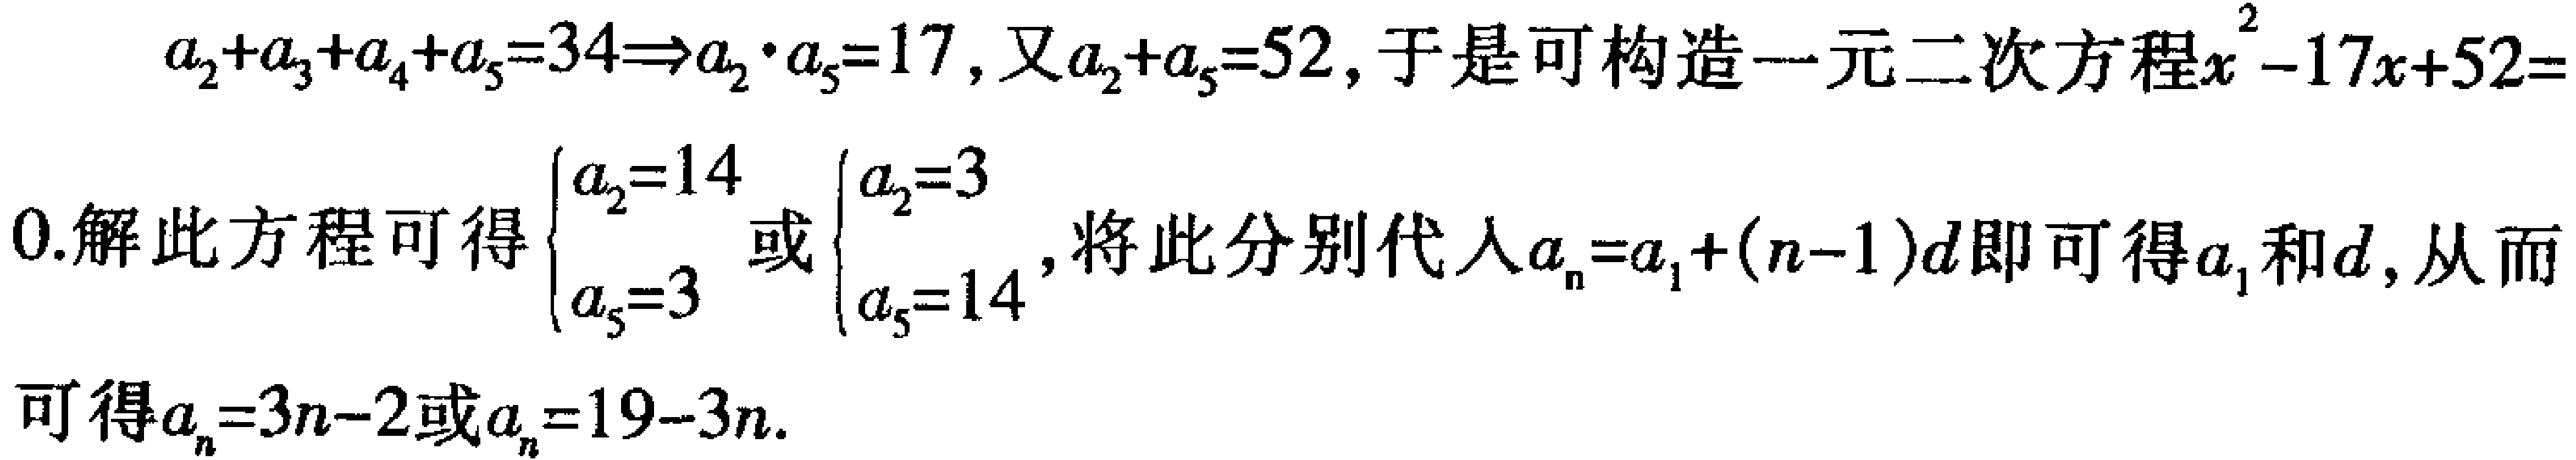
\(a_{2}+a_{3}+a_{4}+a_{5}=34\Rightarrow a_{2}\cdot a_{5}=17\)，又\(a_{2}+a_{5}=52\)，于是可构造一元二次方程\(x^{2}-17x + 52 = 0\).解此方程可得\(\begin{cases}a_{2}=14\\a_{5}=3\end{cases}\)或\(\begin{cases}a_{2}=3\\a_{5}=14\end{cases}\)，将此分别代入\(a_{n}=a_{1}+(n - 1)d\)即可得\(a_{1}\)和\(d\)，从而可得\(a_{n}=3n - 2\)或\(a_{n}=19 - 3n\).